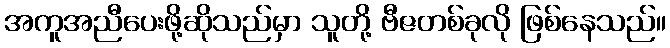
အကူအညီပေးဖို့ဆိုသည်မှာ သူတို့ ဗီဇတစ်ခုလို ဖြစ်နေသည်။